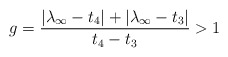
\begin{align*} g=\frac{|\lambda_\infty-t_4|+|\lambda_\infty-t_3|}{t_4-t_3}>1 \end{align*}